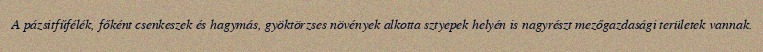
A pázsitfűfélék, főként csenkeszek és hagymás, gyöktörzses növények alkotta sztyepek helyén is nagyrészt mezőgazdasági területek vannak.